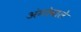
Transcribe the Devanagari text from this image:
अंगोवाले